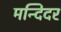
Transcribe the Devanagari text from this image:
मन्दिदर